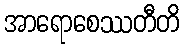
အာရောစေဿတီတိ